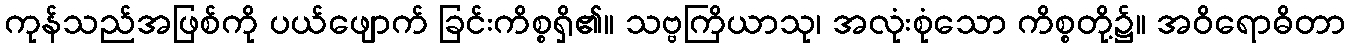
ကုန်သည်အဖြစ်ကို ပယ်ဖျောက် ခြင်းကိစ္စရှိ၏။ သဗ္ဗကြိယာသု၊ အလုံးစုံသော ကိစ္စတို့၌။ အဝိရောဓိတာ